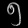
Digit: ၅